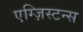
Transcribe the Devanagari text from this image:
एग्ज़िस्टन्स